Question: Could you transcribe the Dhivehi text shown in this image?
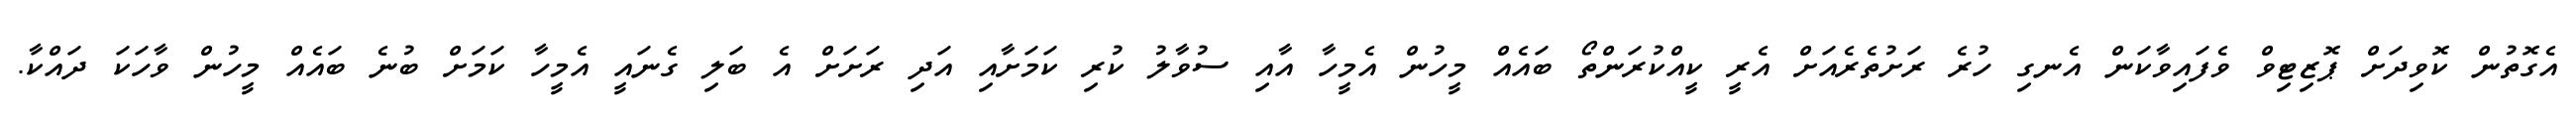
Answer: އެގޮތުން ކޮވިދަށް ޕޮޒިޓިވް ވެފައިވާކަން އެނގި ހުރެ ރަށުތެރެއަށް އެރީ ކީއްކުރަންތޯ ބައެއް މީހުން އެމީހާ އާއި ސުވާލު ކުރި ކަމަށާއި އަދި ރަށަށް އެ ބަލި ގެނައީ އެމީހާ ކަމަށް ބުނެ ބައެއް މީހުން ވާހަކަ ދައްކާ.